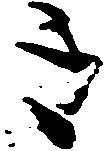
き